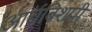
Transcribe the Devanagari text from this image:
आर्चबिशपी